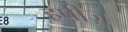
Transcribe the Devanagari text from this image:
हप़ीज़